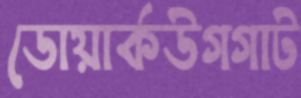
ডোয়ার্কউগগাট